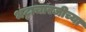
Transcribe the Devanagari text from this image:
भट्टाचारजीच्या